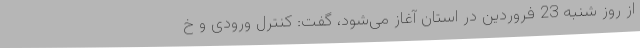
از روز شنبه 23 فروردین در استان آغاز می‌شود، گفت: کنترل ورودی و خ